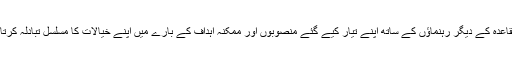
وہ القاعدہ کے دیگر رہنماؤں کے ساتھ اپنے تیار کیے گئے منصوبوں اور ممکنہ اہداف کے بارے میں اپنے خیالات کا مسلسل تبادلہ کرتا رہا۔